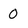
Character: 0